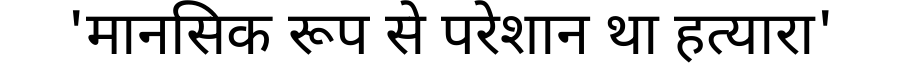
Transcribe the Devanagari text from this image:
'मानसिक रूप से परेशान था हत्यारा'